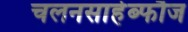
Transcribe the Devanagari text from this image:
चलनसाहेब्फौज